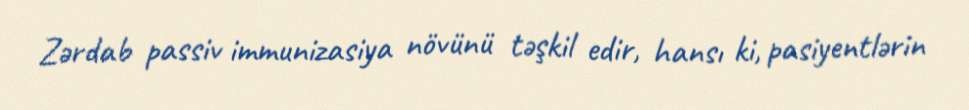
Zərdab passiv immunizasiya növünü təşkil edir, hansı ki, pasiyentlərin